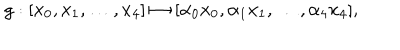
g : [ x _ { 0 } , x _ { 1 } , \ldots , x _ { 4 } ] \mapsto [ \alpha _ { 0 } x _ { 0 } , \alpha _ { 1 } x _ { 1 } , \ldots , \alpha _ { 4 } x _ { 4 } ] ,